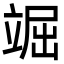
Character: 𥪊